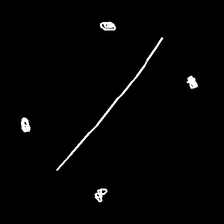
Glyph: cool